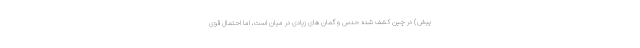
پیش) در چین کشف شده حدس و گمان های زیادی در میان است، اما احتمال قوی